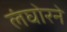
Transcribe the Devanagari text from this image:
लंघोरने